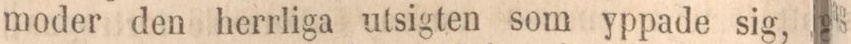
moder den herrliga utsigten som yppade sig,